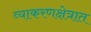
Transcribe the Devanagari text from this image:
व्याकरणक्षेत्रात